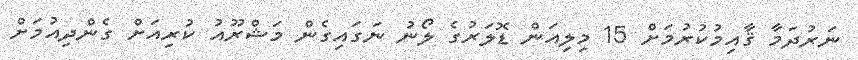
ނަރުދަމާ ޤާއިމުކުރުމަށް 15 މިލިއަން ޑޮލަރުގެ ލޯނު ނަގައިގެން މަޝްރޫއު ކުރިއަށް ގެންދިއުމަށް